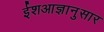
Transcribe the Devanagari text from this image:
ईशआज्ञानुसार